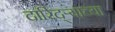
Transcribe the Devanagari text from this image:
दारिद्‌र्‍याच्या